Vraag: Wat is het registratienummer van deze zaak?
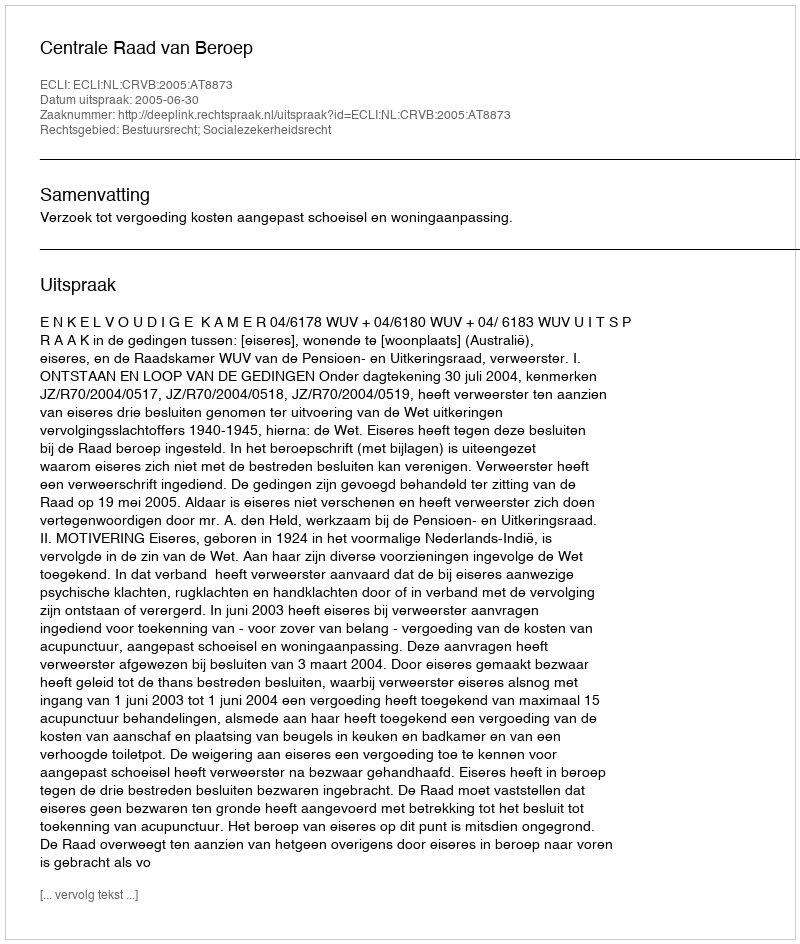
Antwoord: http://deeplink.rechtspraak.nl/uitspraak?id=ECLI:NL:CRVB:2005:AT8873